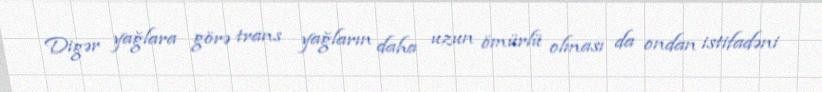
Digər yağlara görə trans yağların daha uzun ömürlü olması da ondan istifadəni